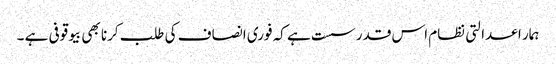
ہمار ا عدالتی نظام اس قدر سست ہے کہ فوری انصاف کی طلب کرنا بھی بیوقوفی ہے ۔